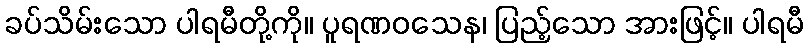
ခပ်သိမ်းသော ပါရမီတို့ကို။ ပူရဏဝသေန၊ ပြည့်သော အားဖြင့်။ ပါရမီ